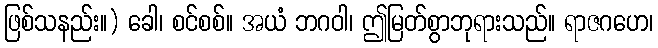
ဖြစ်သနည်း။) ခေါ၊ စင်စစ်။ အယံ ဘဂဝါ၊ ဤမြတ်စွာဘုရားသည်။ ရာဇဂဟေ၊